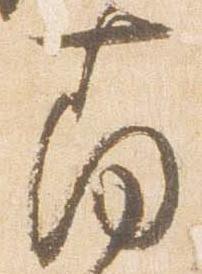
南